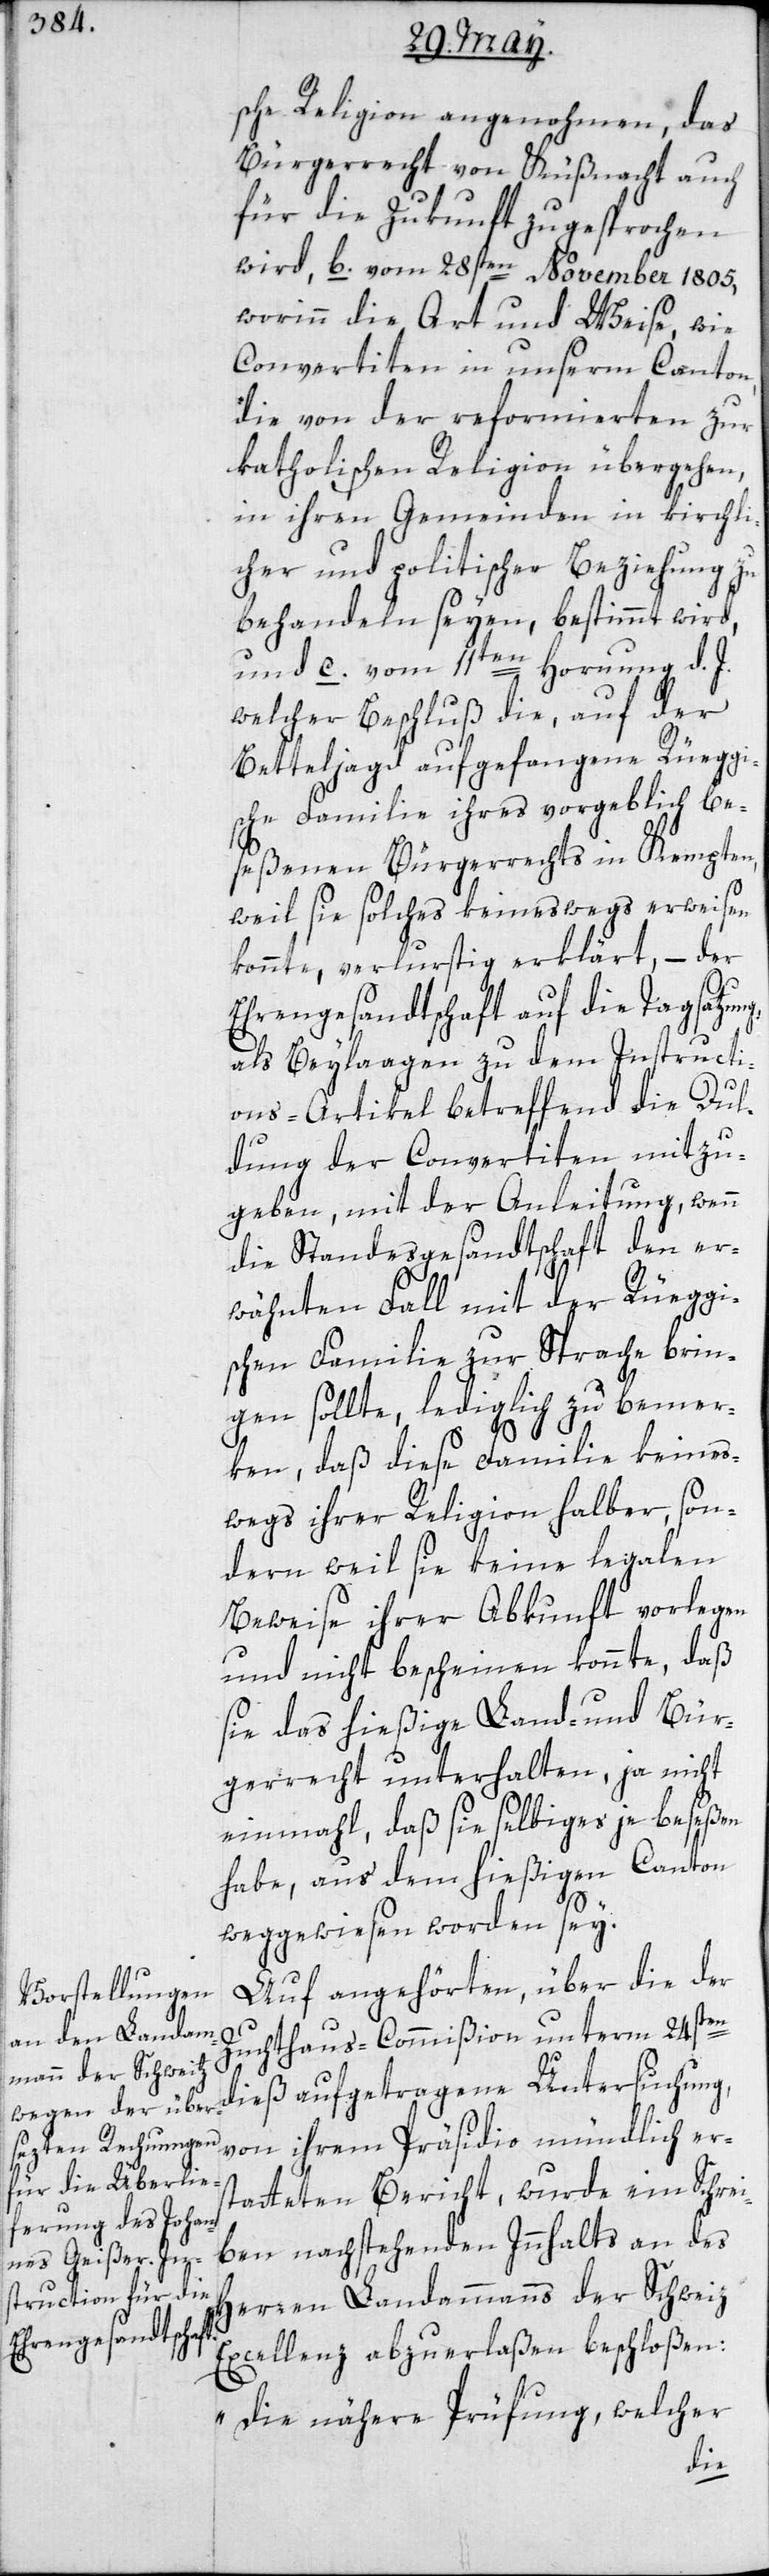
sche Religion angenohmen, das
Bürgerrecht von Küßnacht auch
für die Zukunft zugesprochen
wird, b.) vom 28sten November 1805,
worinn die Art und Weise, wie
Convertiten in unserm Canton,
die von der reformierten zur
katholischen Religion übergehen,
in ihren gemeinden in kirchli¬
cher und politischer Beziehung zu
behandeln seyen, bestimmt wird,
und c.) vom 11ten Hornung d. J.,
welcher Beschluß die, auf der
Betteljagd aufgefangene Rüeggi¬
sche Familie ihres vorgeblich be¬
seßenen Bürgerrechts in Kempten,
weil sie solches keineswegs erweisen
konnte, verlurstig erklärt, – der
Ehrengesandtschaft auf die Tagsatzung,
als Beylaagen zu dem Instructi¬
ons-Articel betreffend die Dul¬
dung der Convertiten mitzu¬
geben, mit der Anleitung, wenn
die Standesgesandtschaft den er¬
wähnten Fall mit der Rüeggi¬
schen Familie zur Sprache brin¬
gen sollte, lediglich zu bemer¬
ken, daß diese Familie keines¬
wegs ihrer Religion halber, son¬
dern weil sie keine legalen
Beweise ihrer Abkunft vorlegen
und nicht bescheinen konnte, daß
sie das hießige Land- und Bür¬
gerrecht unterhalten, ja nicht
einmahl, daß sie selbiges je beseßen
habe, aus dem hießigen Canton
weggewiesen worden sey.
Auf angehörten, über die der
Zuchthaus-Commißion unterm 24sten
dieß aufgetragene Untersuchung,
von ihrem Präsidio mündlich es¬
tatteten Bericht, wurde ein Schrei¬
ben nachstehenden Innhalts an des
Herren Landammanns der Schweiz
Excellenz abzuerlaßen beschloßen:
„Die nähere Prüfung, welcher